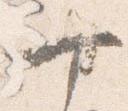
十